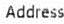
ADDRESS